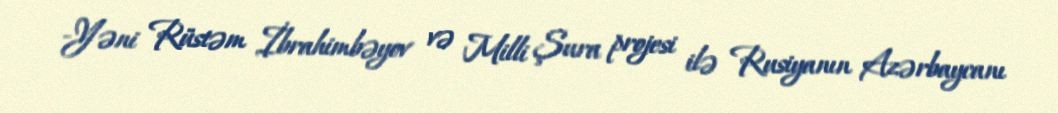
-Yəni Rüstəm İbrahimbəyov və Milli Şura projesi ilə Rusiyanın Azərbaycanı